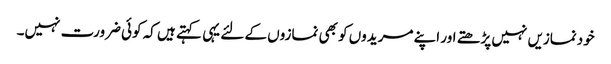
خودنمازیں نہیں پڑھتے اور اپنے مریدوں کو بھی نمازوں کے لئے یہی کہتے ہیں کہ کوئی ضرورت نہیں۔